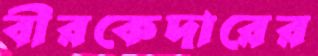
বীরকেদারের